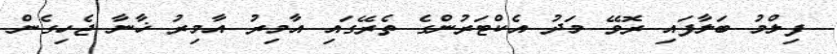
ފިލްމު ބަލާފައި ރޮވޭ މަދު އެކްޓަރުންގެ ތެރޭގައި އާމިރު އާމިރު ޚާނާ ޖެހިގެން